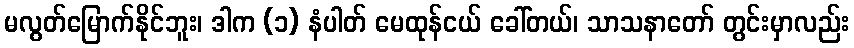
မလွတ်မြောက်နိုင်ဘူး၊ ဒါက (၁) နံပါတ် မေထုန်ငယ် ခေါ်တယ်၊ သာသနာတော် တွင်းမှာလည်း